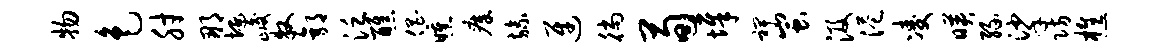
物色肘那埏峻牧郭泛醮倡曛瘴旒迓徜荀墀裨蚩汲港凌映缘挲防樵